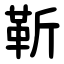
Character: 靳